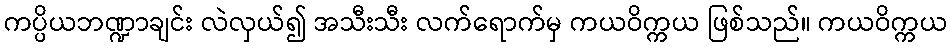
ကပ္ပိယဘဏ္ဍာချင်း လဲလှယ်၍ အသီးသီး လက်ရောက်မှ ကယဝိက္ကယ ဖြစ်သည်။ ကယဝိက္ကယ